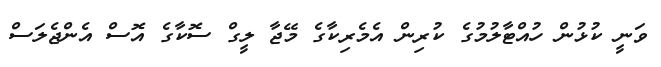
ވަނީ ކުޅުން ހުއްޓާލުމުގެ ކުރިން އެމެރިކާގެ މޭޖާ ލީގް ސޮކާގެ އޮސް އެންޖެލަސް